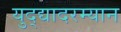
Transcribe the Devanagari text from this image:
युद्द्यादरम्यान